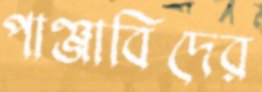
পাঞ্জাবিদের